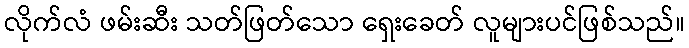
လိုက်လံ ဖမ်းဆီး သတ်ဖြတ်သော ရှေးခေတ် လူများပင်ဖြစ်သည်။